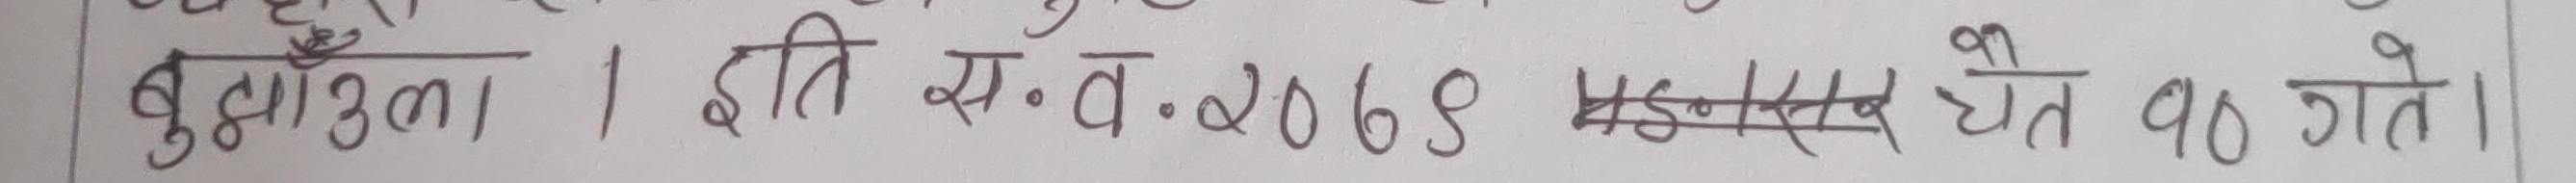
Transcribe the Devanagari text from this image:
बुझाउन । इति सं.व. २०७४ म्दिस चैत १० गते ।